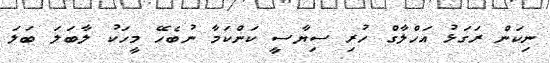
ނިކަން ރަގަޅު އަހްލާގް ހުރި ސިޔާސީ ކަންކަމާ ނުބެހޭ މީހަކު ލާބަލަ ބަލަ